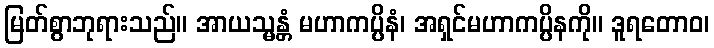
မြတ်စွာဘုရားသည်။ အာယသ္မန္တံ မဟာကပ္ပိနံ၊ အရှင်မဟာကပ္ပိနကို။ ဒူရတောဝ၊